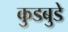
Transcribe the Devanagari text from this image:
कुडबुडे